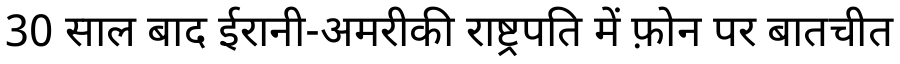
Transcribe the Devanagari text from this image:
30 साल बाद ईरानी-अमरीकी राष्ट्रपति में फ़ोन पर बातचीत